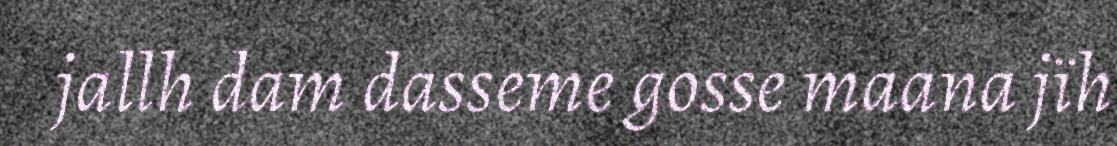
jallh dam dasseme gosse maana jïh